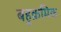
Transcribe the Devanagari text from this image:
बहुक्रमिक